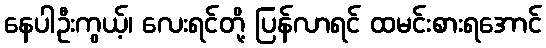
နေပါဦးကွယ့်၊ လေးရင်တို့ ပြန်လာရင် ထမင်းစားရအောင်